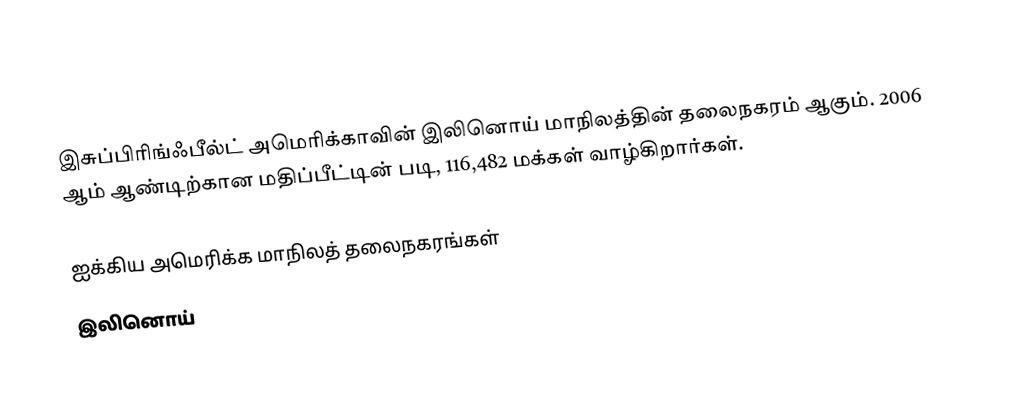
இசுப்பிரிங்ஃபீல்ட் அமெரிக்காவின் இலினொய் மாநிலத்தின் தலைநகரம் ஆகும். 2006 ஆம் ஆண்டிற்கான மதிப்பீட்டின் படி, 116,482 மக்கள் வாழ்கிறார்கள்.

ஐக்கிய அமெரிக்க மாநிலத் தலைநகரங்கள்
இலினொய்